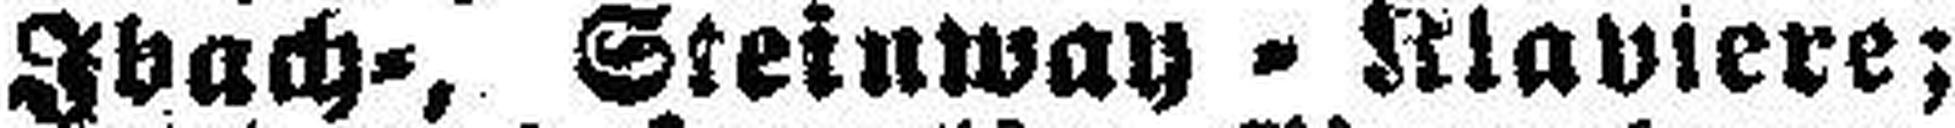
Ibach=, Steinway´Klaviere;